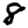
Digit: 8